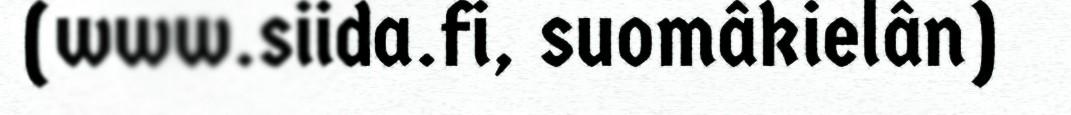
(www.siida.fi, suomâkielân)